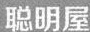
聪明屋